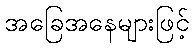
အခြေအနေများဖြင့်